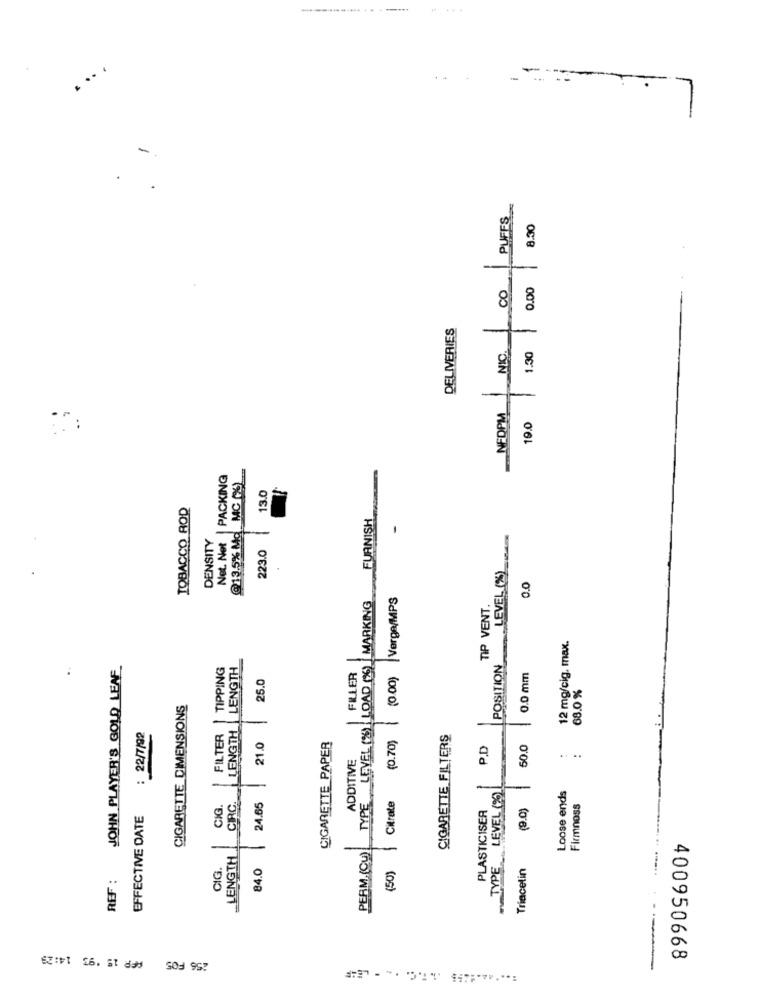
. ..
-
PUFFS
8.30
00
0.00
DELIVERIES
NIC.
1.30
-
NEDPM
10.0
@13.5% Mo MC ()
Net. Net | PACKING
13.0
TOBACCO ROD
FURNISH
DENSITY
1
223.0
.
LEVEL (%)
0.0
TYPE LEVEL (%) LOAD (2%) | MARKING
(0.00) |Verge/MPS
TIP VENT.
12 mg/cig. max.
LENGTH
JOHN PLAYER'S GOLD LEAF
TIPPING
POSITION
.
25.0
FILLER
0.0 mm
68.0 %
CIGARETTE DIMENSIONS
-
: 22/7/92
FILTER
(0.70)
CIGARETTE FILTERS
21.0
CIGARETTE PAPER
P.D
50.0
ADDITIVE
...
TYPE LEVEL (20).
-
Citrate
Loose ends
24.65
(9.0)
Firmnoss
EFFECTIVE DATE
PLASTICISER
PERM. (Cu)
LENGTH
CIG.
84.0
Triacelin
REF :
(50)
256 FOS AFP 15 '93 14:23
400950668